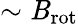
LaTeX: \sim\mathit{B}_{\mathrm{{rot}}}